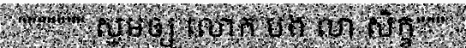
""""""" សូមឲ្យ លោក បង លា សិក្ខ"""